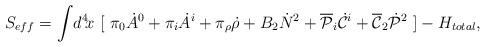
LaTeX: \begin{align*}S_{eff} = \int\!d^4\!x~[~\pi_0 \dot{A}^0 + \pi_i \dot{A}^i + \pi_\rho \dot{\rho} + B_2\dot{N}^2+ \overline{\cal P}_i\dot{\cal C}^i + \overline{\cal C}_2 \dot{\cal P}^2~ ] - H_{total},\end{align*}